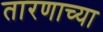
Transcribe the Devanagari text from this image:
तारणाच्या